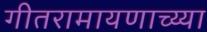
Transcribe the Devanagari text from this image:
गीतरामायणाच्य्या